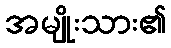
အမျိုးသား၏